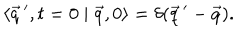
LaTeX: \langle \vec { q } \, ^ { \prime } , t = 0 \mid \vec { q } , 0 \rangle = \delta ( \vec { q } \, ^ { \prime } - \vec { q } ) .